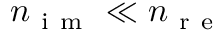
n _ { \mathrm { ~ i ~ m ~ } } \ll n _ { \mathrm { ~ r ~ e ~ } }